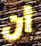
أن